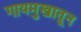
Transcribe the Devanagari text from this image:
गायमुखातून